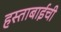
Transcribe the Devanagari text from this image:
हस्ताबाईची